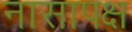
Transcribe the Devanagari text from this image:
नासापक्ष